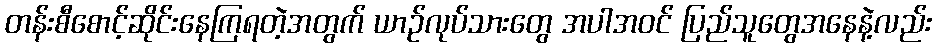
တန်းစီစောင့်ဆိုင်းနေကြရတဲ့အတွက် ယာဉ်လုပ်သားတွေ အပါအဝင် ပြည်သူတွေအနေနဲ့လည်း